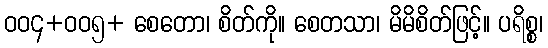
ဝဝ၄+ဝဝ၅+ စေတော၊ စိတ်ကို။ စေတသာ၊ မိမိစိတ်ဖြင့်။ ပရိစ္စ၊